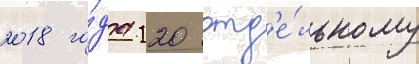
2018 го́да 120 отд'е́льному